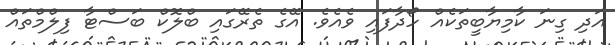
އަދި ގިނަ ކާމިޔާބީތަކެއް ހޯދާފައި ވެއެވެ. އޭގެ ތެރޭގައި ބްލޮކް ބަސްޓާ ފިލްމްތައް